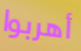
أهربوا